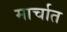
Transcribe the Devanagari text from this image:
मार्चात